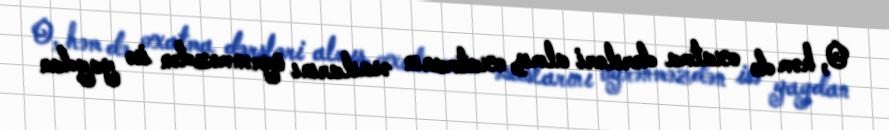
O, həm də oxatma dərsləri almış, oxatmanın əsaslarını öyrənməzdən isə yaydan